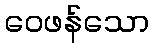
ဝေဖန်သော